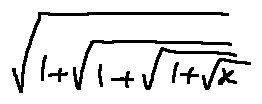
\sqrt { 1 + \sqrt { 1 + \sqrt { 1 + \sqrt { x } } } }